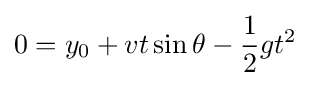
0=y_{0}+vt\sin \theta -{\frac {1}{2}}gt^{2}